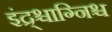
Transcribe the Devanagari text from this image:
इंद्र्श्चाग्निश्च